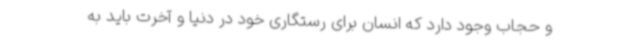
و حجاب وجود دارد که انسان برای رستگاری خود در دنیا و آخرت باید به